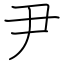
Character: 尹